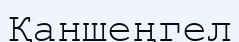
Қаншеңгел